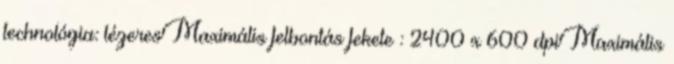
technológia: lézeresMaximális felbontás fekete : 2400 x 600 dpiMaximális